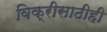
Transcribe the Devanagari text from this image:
विक्रीसाठीही